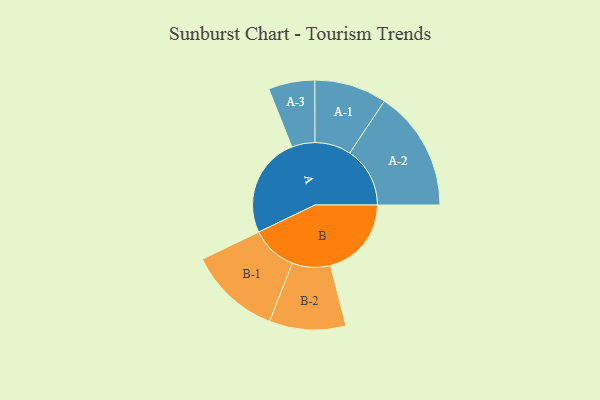
{"axis": {"x": "Segment", "y": "Value"}, "legend": ["", "A", "B"], "data": [{"x": "A", "y": 461, "type": ""}, {"x": "B", "y": 371, "type": ""}, {"x": "A-1", "y": 166, "type": "A"}, {"x": "A-2", "y": 276, "type": "A"}, {"x": "A-3", "y": 106, "type": "A"}, {"x": "B-1", "y": 211, "type": "B"}, {"x": "B-2", "y": 175, "type": "B"}]}